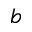
b